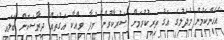
އެހެންކަމުން މުދަލުގެ އަގު ތިރިކުރުމަށް ސަރުކާރުން މުދާ ވިއްކާ އަގުތައް ދިރާސަކޮށް ބަލައި